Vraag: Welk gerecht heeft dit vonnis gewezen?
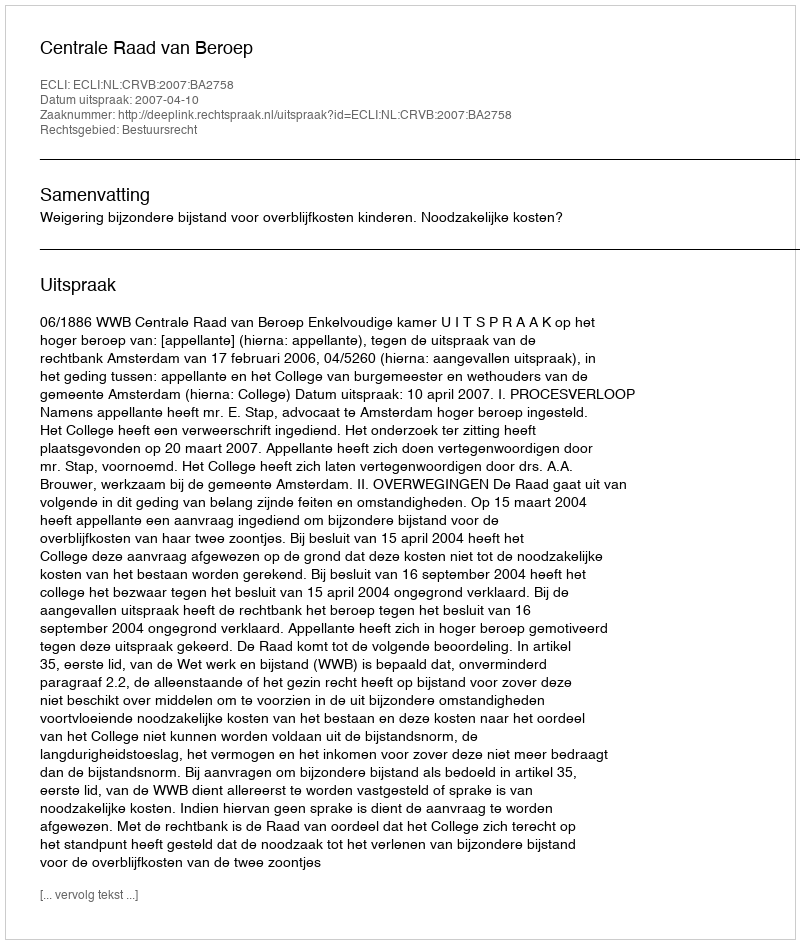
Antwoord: Centrale Raad van Beroep